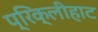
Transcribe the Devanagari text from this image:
प्रिक्लीहाट